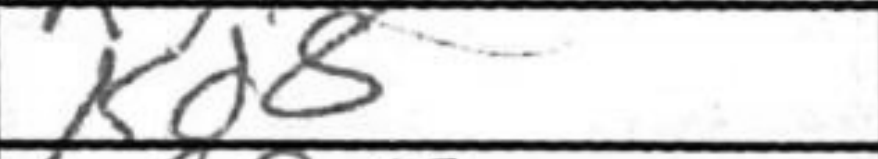
Transcription: Kd8